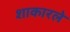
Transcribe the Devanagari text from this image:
शाकारले